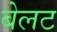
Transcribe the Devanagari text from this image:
बेलट